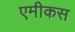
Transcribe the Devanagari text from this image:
एमीकस